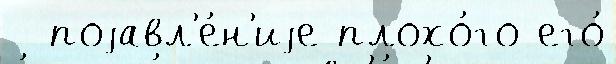
- поjавл'е́н'иjе плохо́го его́